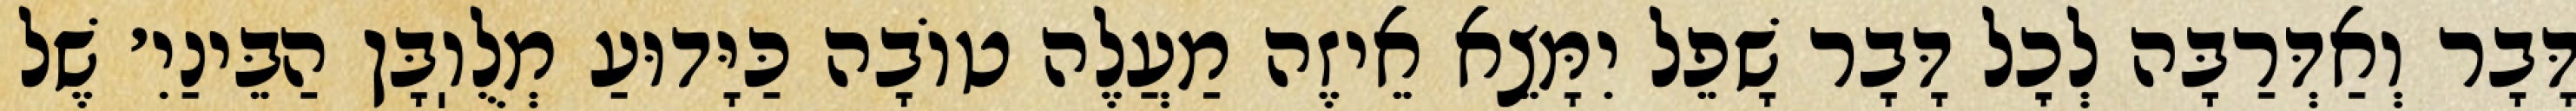
דָּבָר וְאַדְּרַבָּה לְכׇל דָּבָר שָׁפֵל יִמָּצֵא אֵיזֶה מַעֲלֶה טוֹבָה כַּיָּדוּעַ מְלֻוֽבָּן הַבֵּינַיִ׳ שֶׁל